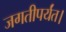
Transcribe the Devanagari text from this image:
जगतीपर्यंत।